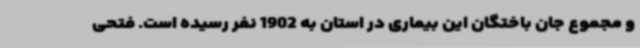
و مجموع جان باختگان این بیماری در استان به 1902 نفر رسیده است. فتحی